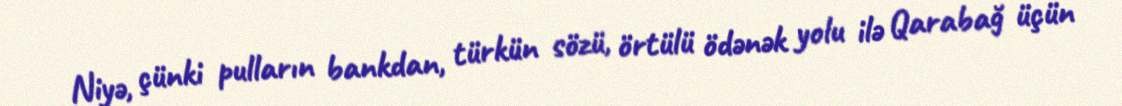
Niyə, çünki pulların bankdan, türkün sözü, örtülü ödənək yolu ilə Qarabağ üçün